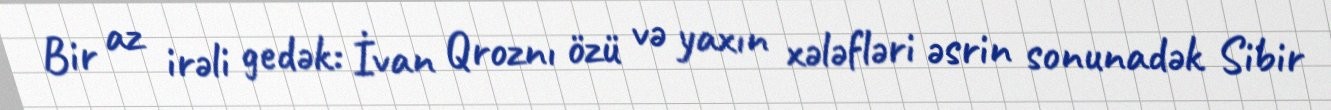
Bir az irəli gedək: İvan Qroznı özü və yaxın xələfləri əsrin sonunadək Sibir